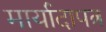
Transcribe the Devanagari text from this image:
मार्यादापत्र